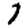
Digit: 7